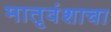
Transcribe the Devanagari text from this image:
मातृवंशाचा